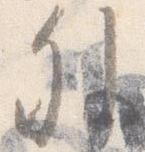
外